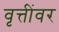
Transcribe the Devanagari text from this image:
वृत्तींवर